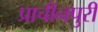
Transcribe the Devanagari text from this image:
प्राचीनपुरी